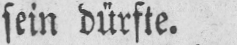
sein dürfte.